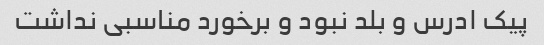
پیک ادرس و بلد نبود و برخورد مناسبی نداشت